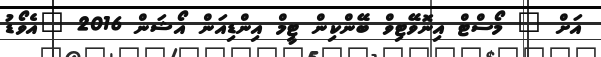
އަށް " މޯސްޓް އިނޮވޭޓިވް ބޭންކިން ޓީމް އިންޑިއަން އޯޝަން 2016 "އެވޯޑު